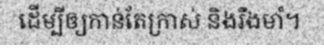
ដើម្បីឲ្យកាន់តែក្រាស់ និងរឹងមាំ។